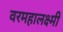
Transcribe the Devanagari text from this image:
वरमहालक्ष्मी